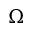
\Omega